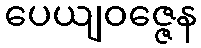
ပေယျဝဇ္ဇေန